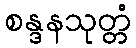
စန္ဒနသုတ္တံ